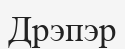
Дрэпэр